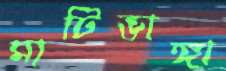
মাটিভাঙ্গা